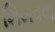
શિખવવા